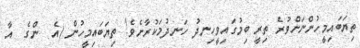
ތިޔަބައިމީހުންނަށްވުރެ ތިރީ ބިިމުގައިވީހިނދު ހަނދުމަކުރާށެވެ! ތިޔަބައިމީހުން (އެ  ންގެ  އާ